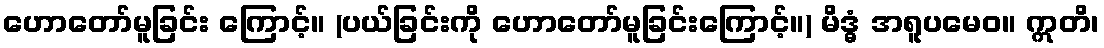
ဟောတော်မူခြင်း ကြောင့်။ (ပယ်ခြင်းကို ဟောတော်မူခြင်းကြောင့်။) မိဒ္ဓံ အရူပမေဝ။ ဣတိ၊